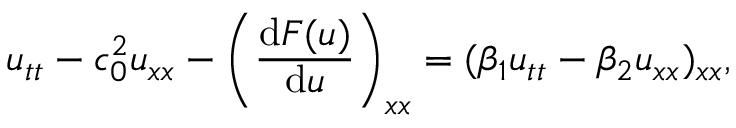
u _ { t t } - c _ { 0 } ^ { 2 } u _ { x x } - \left( \frac { \mathrm { d } F ( u ) } { \mathrm { d } u } \right) _ { x x } = ( \beta _ { 1 } u _ { t t } - \beta _ { 2 } u _ { x x } ) _ { x x } ,